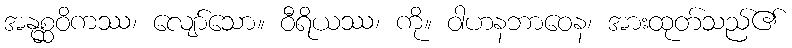
အနုစ္ဆဝိကဿ၊ လျော်သော။ ဝီရိယဿ၊ ကို။ ဝါဟနဘာဝေန၊ အားထုတ်သည်၏